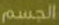
الجسم